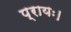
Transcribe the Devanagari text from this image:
प्रायः।